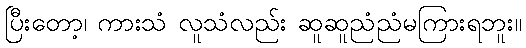
ပြီးတော့၊ ကားသံ လူသံလည်း ဆူဆူညံညံမကြားရဘူး။